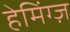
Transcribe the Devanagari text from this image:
हेमिंग्ज़